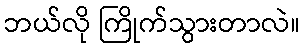
ဘယ်လို ကြိုက်သွားတာလဲ။